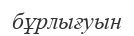
бұрлығуын